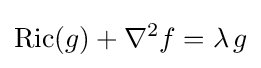
\operatorname {Ric} (g)+\nabla ^{2}f=\lambda \,g